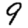
Digit: 9